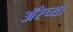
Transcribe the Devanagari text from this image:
ॲरेच्या